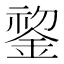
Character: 𬫧